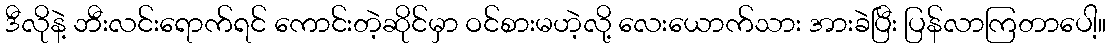
ဒီလိုနဲ့ ဘီးလင်းရောက်ရင် ကောင်းတဲ့ဆိုင်မှာ ဝင်စားမဟဲ့လို့ လေးယောက်သား အားခဲပြီး ပြန်လာကြတာပေါ့။